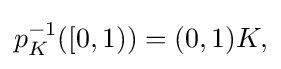
{\textstyle p_{K}^{-1}([0,1))=(0,1)K,}